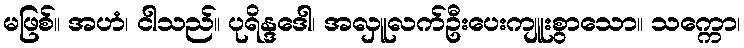
မဖြစ်။ အဟံ၊ ငါသည်။ ပုရိန္ဒဒေါ၊ အလှူလက်ဦးပေးကျူးစွာသော။ သက္ကော၊